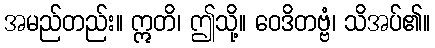
အမည်တည်း။ ဣတိ၊ ဤသို့။ ဝေဒိတဗ္ဗံ၊ သိအပ်၏။